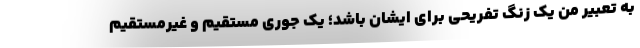
به تعبیر من یک زنگ تفریحی برای ایشان باشد؛ یک جوری مستقیم و غیرمستقیم